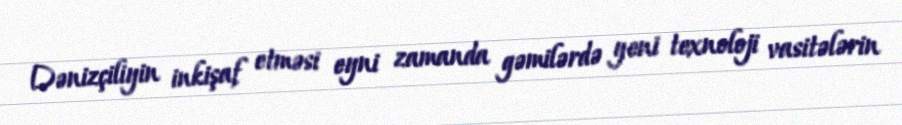
Dənizçiliyin inkişaf etməsi eyni zamanda gəmilərdə yeni texnoloji vasitələrin